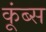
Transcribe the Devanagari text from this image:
कूंब्स